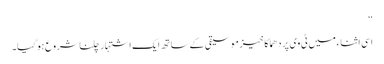
‘‘
اسی اثناء میں ٹی وی پر دھماکا خیز موسیقی کے ساتھ ایک اشتہار چلنا شروع ہوگیا۔